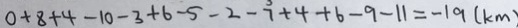
0 + 8 + 4 - 1 0 - 3 + 6 - 5 - 2 - 7 + 4 + 6 - 9 - 1 1 = - 1 9 ( k m )